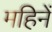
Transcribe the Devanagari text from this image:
महिनें